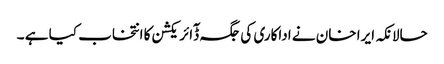
حالانکہ ایرا خان نے اداکاری کی جگہ ڈٓائریکشن کا انتخاب کیا ہے ۔